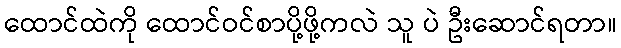
ထောင်ထဲကို ထောင်ဝင်စာပို့ဖို့ကလဲ သူ ပဲ ဦးဆောင်ရတာ။